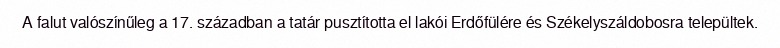
A falut valószínűleg a 17. században a tatár pusztította el lakói Erdőfülére és Székelyszáldobosra települtek.